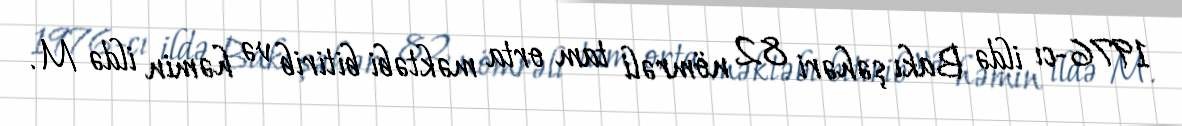
1976-cı ildə Bakı şəhəri 82 nömrəli tam orta məktəbi bitirib və həmin ildə M.